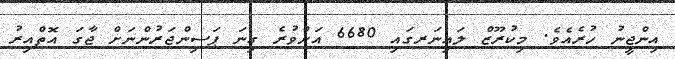
އިންޖީނު ހުރެއެވެ. މިކުރޫޒް ލައިނަރގައި 6680 އަށްވުރެ ގިނަ ޕަސިންޖަރުންނަށް ޖާގަ އޮތްއިރު